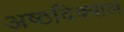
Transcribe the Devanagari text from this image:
अष्ठदिक्पाल